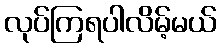
လုပ်ကြရပါလိမ့်မယ်